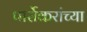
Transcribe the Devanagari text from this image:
पार्सेकरांच्या